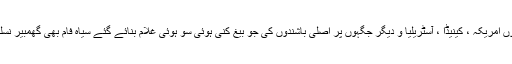
یورپی سفید آباد کاروں کے ہاتھوں امریکہ ، کینیڈا ، آسٹریلیا و دیگر جگہوں پر اصلی باشندوں کی جو بیغ کنی ہوئی سو ہوئی غلام بنائے گئے سیاہ فام بھی گھمبیر نسلی تعصب سے محفوظ نہ رہے ۔